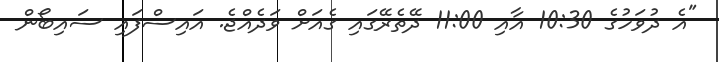
"އެ ދުވަހުގެ 10:30 އާއި 11:00 ދޭތެރޭގައި ގެއަށް ވަދެއްޖެ. އައިސްފައި ސައިބޯން